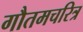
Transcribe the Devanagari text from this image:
गौतमचरित्र